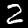
Label: 2